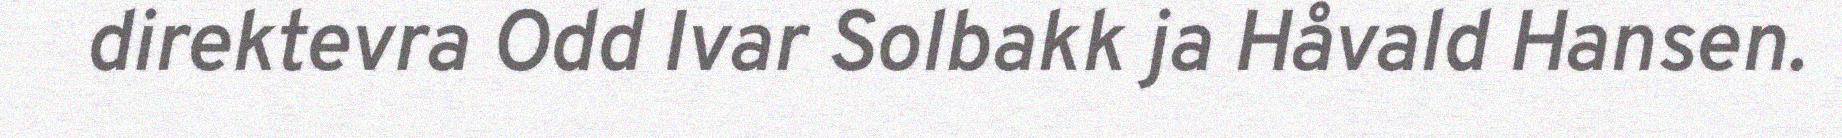
direktevra Odd Ivar Solbakk ja Håvald Hansen.